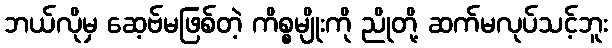
ဘယ်လိုမှ ဆေ့ဗ်မဖြစ်တဲ့ ကိစ္စမျိုးကို ညိုတို့ ဆက်မလုပ်သင့်ဘူး